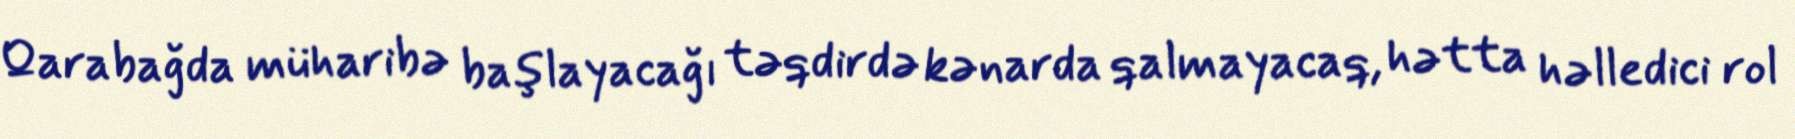
Qarabağda müharibə başlayacağı təqdirdə kənarda qalmayacaq, hətta həlledici rol